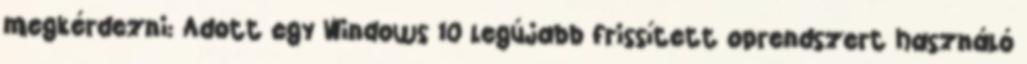
megkérdezni: Adott egy Windows 10 legújabb frissített oprendszert használó